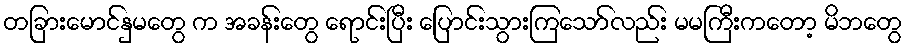
တခြားမောင်နှမတွေ က အခန်းတွေ ရောင်းပြီး ပြောင်းသွားကြသော်လည်း မမကြီးကတော့ မိဘတွေ